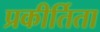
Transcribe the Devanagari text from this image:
प्रकीर्तिता